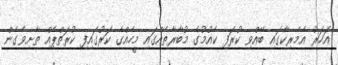
އަހަރު އެމެރިކާގައި ބޭއްވި ކުރަފި ކެއުމުގެ މުބާރާތެއްގައި މީހެއްގެ ކަރުގައިފި ކުރަތްޕެއް ތާށިވެގެން